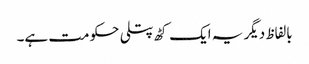
بالفاظ دیگر یہ ایک کٹھ پتلی حکومت ہے۔